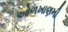
ઓળખાણની